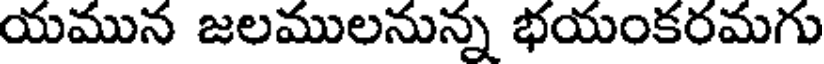
యమున జలములనున్న భయంకరమగు